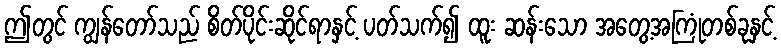
ဤတွင် ကျွန်တော်သည် စိတ်ပိုင်းဆိုင်ရာနှင့် ပတ်သက်၍ ထူး ဆန်းသော အတွေ့အကြုံတစ်ခုနှင့်